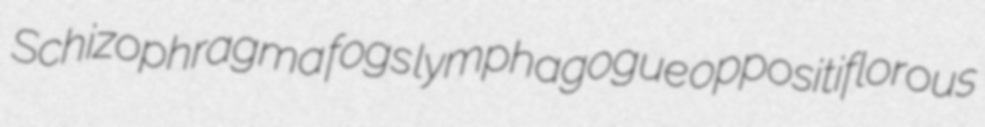
Schizophragma fogs lymphagogue oppositiflorous